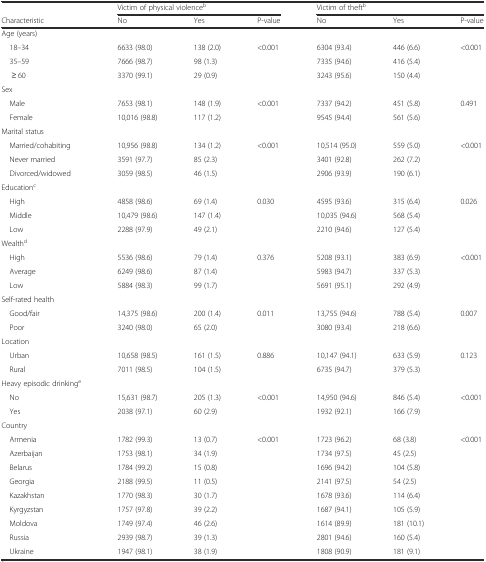
<table><thead><tr><td></td><td colspan="3"><b>Victim of physical violence<sup>b</sup></b></td><td colspan="3"><b>Victim of theft<sup>b</sup></b></td></tr><tr><td><b>Characteristic</b></td><td><b>No</b></td><td><b>Yes</b></td><td><b>P-value</b></td><td><b>No</b></td><td><b>Yes</b></td><td><b>P-value</b></td></tr></thead><tbody><tr><td>Age (years)</td><td></td><td></td><td></td><td></td><td></td><td></td></tr><tr><td> 18–34</td><td>6633 (98.0)</td><td>138 (2.0)</td><td>&lt;0.001</td><td>6304 (93.4)</td><td>446 (6.6)</td><td>&lt;0.001</td></tr><tr><td> 35–59</td><td>7666 (98.7)</td><td>98 (1.3)</td><td></td><td>7335 (94.6)</td><td>416 (5.4)</td><td></td></tr><tr><td>≥ 60</td><td>3370 (99.1)</td><td>29 (0.9)</td><td></td><td>3243 (95.6)</td><td>150 (4.4)</td><td></td></tr><tr><td>Sex</td><td></td><td></td><td></td><td></td><td></td><td></td></tr><tr><td> Male</td><td>7653 (98.1)</td><td>148 (1.9)</td><td>&lt;0.001</td><td>7337 (94.2)</td><td>451 (5.8)</td><td>0.491</td></tr><tr><td> Female</td><td>10,016 (98.8)</td><td>117 (1.2)</td><td></td><td>9545 (94.4)</td><td>561 (5.6)</td><td></td></tr><tr><td>Marital status</td><td></td><td></td><td></td><td></td><td></td><td></td></tr><tr><td> Married/cohabiting</td><td>10,956 (98.8)</td><td>134 (1.2)</td><td>&lt;0.001</td><td>10,514 (95.0)</td><td>559 (5.0)</td><td>&lt;0.001</td></tr><tr><td> Never married</td><td>3591 (97.7)</td><td>85 (2.3)</td><td></td><td>3401 (92.8)</td><td>262 (7.2)</td><td></td></tr><tr><td> Divorced/widowed</td><td>3059 (98.5)</td><td>46 (1.5)</td><td></td><td>2906 (93.9)</td><td>190 (6.1)</td><td></td></tr><tr><td>Education<sup>c</sup></td><td></td><td></td><td></td><td></td><td></td><td></td></tr><tr><td> High</td><td>4858 (98.6)</td><td>69 (1.4)</td><td>0.030</td><td>4595 (93.6)</td><td>315 (6.4)</td><td>0.026</td></tr><tr><td> Middle</td><td>10,479 (98.6)</td><td>147 (1.4)</td><td></td><td>10,035 (94.6)</td><td>568 (5.4)</td><td></td></tr><tr><td> Low</td><td>2288 (97.9)</td><td>49 (2.1)</td><td></td><td>2210 (94.6)</td><td>127 (5.4)</td><td></td></tr><tr><td>Wealth<sup>d</sup></td><td></td><td></td><td></td><td></td><td></td><td></td></tr><tr><td> High</td><td>5536 (98.6)</td><td>79 (1.4)</td><td>0.376</td><td>5208 (93.1)</td><td>383 (6.9)</td><td>&lt;0.001</td></tr><tr><td> Average</td><td>6249 (98.6)</td><td>87 (1.4)</td><td></td><td>5983 (94.7)</td><td>337 (5.3)</td><td></td></tr><tr><td> Low</td><td>5884 (98.3)</td><td>99 (1.7)</td><td></td><td>5691 (95.1)</td><td>292 (4.9)</td><td></td></tr><tr><td>Self-rated health</td><td></td><td></td><td></td><td></td><td></td><td></td></tr><tr><td> Good/fair</td><td>14,375 (98.6)</td><td>200 (1.4)</td><td>0.011</td><td>13,755 (94.6)</td><td>788 (5.4)</td><td>0.007</td></tr><tr><td> Poor</td><td>3240 (98.0)</td><td>65 (2.0)</td><td></td><td>3080 (93.4)</td><td>218 (6.6)</td><td></td></tr><tr><td>Location</td><td></td><td></td><td></td><td></td><td></td><td></td></tr><tr><td> Urban</td><td>10,658 (98.5)</td><td>161 (1.5)</td><td>0.886</td><td>10,147 (94.1)</td><td>633 (5.9)</td><td>0.123</td></tr><tr><td> Rural</td><td>7011 (98.5)</td><td>104 (1.5)</td><td></td><td>6735 (94.7)</td><td>379 (5.3)</td><td></td></tr><tr><td>Heavy episodic drinking<sup>e</sup></td><td></td><td></td><td></td><td></td><td></td><td></td></tr><tr><td> No</td><td>15,631 (98.7)</td><td>205 (1.3)</td><td>&lt;0.001</td><td>14,950 (94.6)</td><td>846 (5.4)</td><td>&lt;0.001</td></tr><tr><td> Yes</td><td>2038 (97.1)</td><td>60 (2.9)</td><td></td><td>1932 (92.1)</td><td>166 (7.9)</td><td></td></tr><tr><td>Country</td><td></td><td></td><td></td><td></td><td></td><td></td></tr><tr><td> Armenia</td><td>1782 (99.3)</td><td>13 (0.7)</td><td>&lt;0.001</td><td>1723 (96.2)</td><td>68 (3.8)</td><td>&lt;0.001</td></tr><tr><td> Azerbaijan</td><td>1753 (98.1)</td><td>34 (1.9)</td><td></td><td>1734 (97.5)</td><td>45 (2.5)</td><td></td></tr><tr><td> Belarus</td><td>1784 (99.2)</td><td>15 (0.8)</td><td></td><td>1696 (94.2)</td><td>104 (5.8)</td><td></td></tr><tr><td> Georgia</td><td>2188 (99.5)</td><td>11 (0.5)</td><td></td><td>2141 (97.5)</td><td>54 (2.5)</td><td></td></tr><tr><td> Kazakhstan</td><td>1770 (98.3)</td><td>30 (1.7)</td><td></td><td>1678 (93.6)</td><td>114 (6.4)</td><td></td></tr><tr><td> Kyrgyzstan</td><td>1757 (97.8)</td><td>39 (2.2)</td><td></td><td>1687 (94.1)</td><td>105 (5.9)</td><td></td></tr><tr><td> Moldova</td><td>1749 (97.4)</td><td>46 (2.6)</td><td></td><td>1614 (89.9)</td><td>181 (10.1)</td><td></td></tr><tr><td> Russia</td><td>2939 (98.7)</td><td>39 (1.3)</td><td></td><td>2801 (94.6)</td><td>160 (5.4)</td><td></td></tr><tr><td> Ukraine</td><td>1947 (98.1)</td><td>38 (1.9)</td><td></td><td>1808 (90.9)</td><td>181 (9.1)</td><td></td></tr></tbody></table>